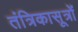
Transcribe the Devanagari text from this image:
तंत्रिकासूत्रों